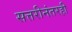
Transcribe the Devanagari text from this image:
सत्तरीनंतरही